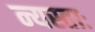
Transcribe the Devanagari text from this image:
न्यस्ताः